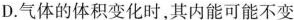
D.气体的体积变化时，其内能可能不变